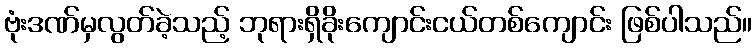
ဗုံးဒဏ်မှလွတ်ခဲ့သည့် ဘုရားရှိခိုးကျောင်းငယ်တစ်ကျောင်း ဖြစ်ပါသည်။